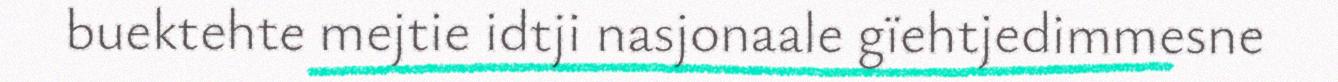
buektehte mejtie idtji nasjonaale gïehtjedimmesne